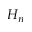
H _ { n }